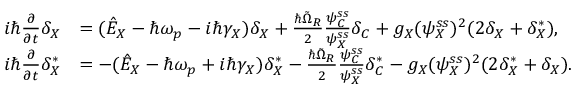
\begin{array} { r l } { i \hbar \frac { \partial } { \partial t } \delta _ { X } } & { = ( \hat { E } _ { X } - \hbar \omega _ { p } - i \hbar \gamma _ { X } ) \delta _ { X } + \frac { \hbar \tilde { \Omega } _ { R } } { 2 } \frac { \psi _ { C } ^ { s s } } { \psi _ { X } ^ { s s } } \delta _ { C } + g _ { X } ( \psi _ { X } ^ { s s } ) ^ { 2 } ( 2 \delta _ { X } + \delta _ { X } ^ { * } ) , } \\ { i \hbar \frac { \partial } { \partial t } \delta _ { X } ^ { * } } & { = - ( \hat { E } _ { X } - \hbar \omega _ { p } + i \hbar \gamma _ { X } ) \delta _ { X } ^ { * } - \frac { \hbar \tilde { \Omega } _ { R } } { 2 } \frac { \psi _ { C } ^ { s s } } { \psi _ { X } ^ { s s } } \delta _ { C } ^ { * } - g _ { X } ( \psi _ { X } ^ { s s } ) ^ { 2 } ( 2 \delta _ { X } ^ { * } + \delta _ { X } ) . } \end{array}